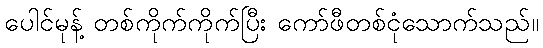
ပေါင်မုန့် တစ်ကိုက်ကိုက်ပြီး ကော်ဖီတစ်ငုံသောက်သည်။